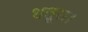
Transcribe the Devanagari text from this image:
धतूरा।